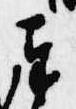
奉